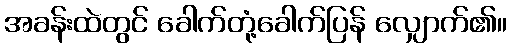
အခန်းထဲတွင် ခေါက်တုံ့ခေါက်ပြန် လျှောက်၏။